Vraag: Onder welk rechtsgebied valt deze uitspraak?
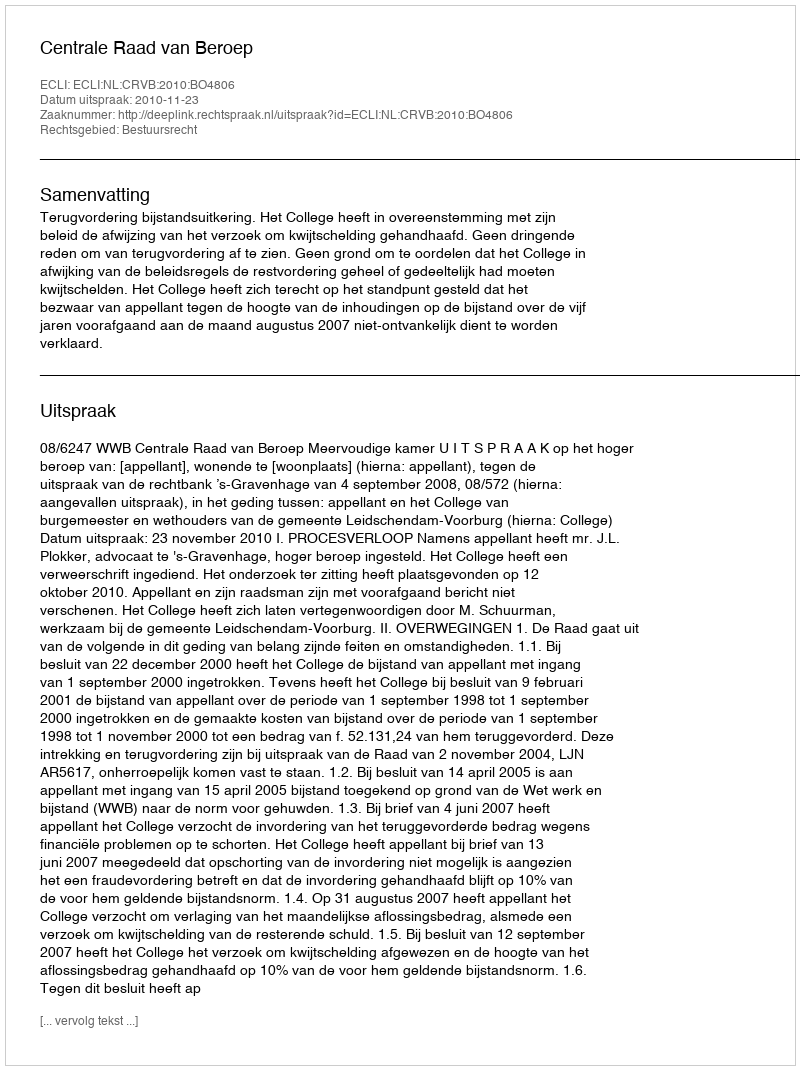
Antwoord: Bestuursrecht